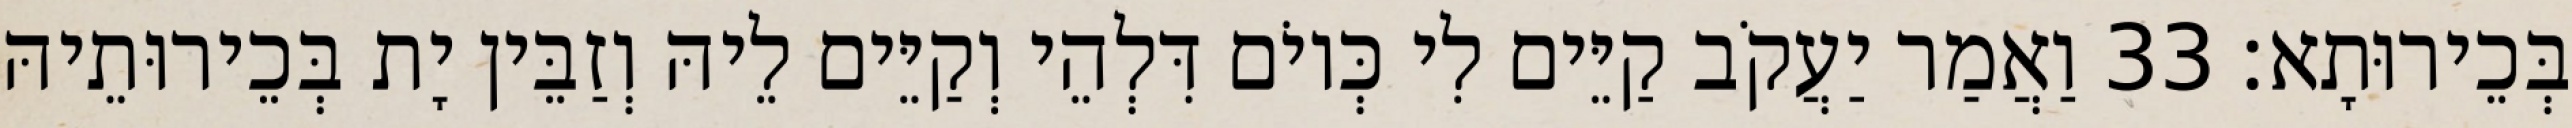
בְּכֵירוּתָא׃ 33 וַאֲמַר יַעֲקֹב קַיֵּים לִי כְּיוֹם דִּלְהֵי וְקַיֵּים לֵיהּ וְזַבֵּין יָת בְּכֵירוּתֵיהּ